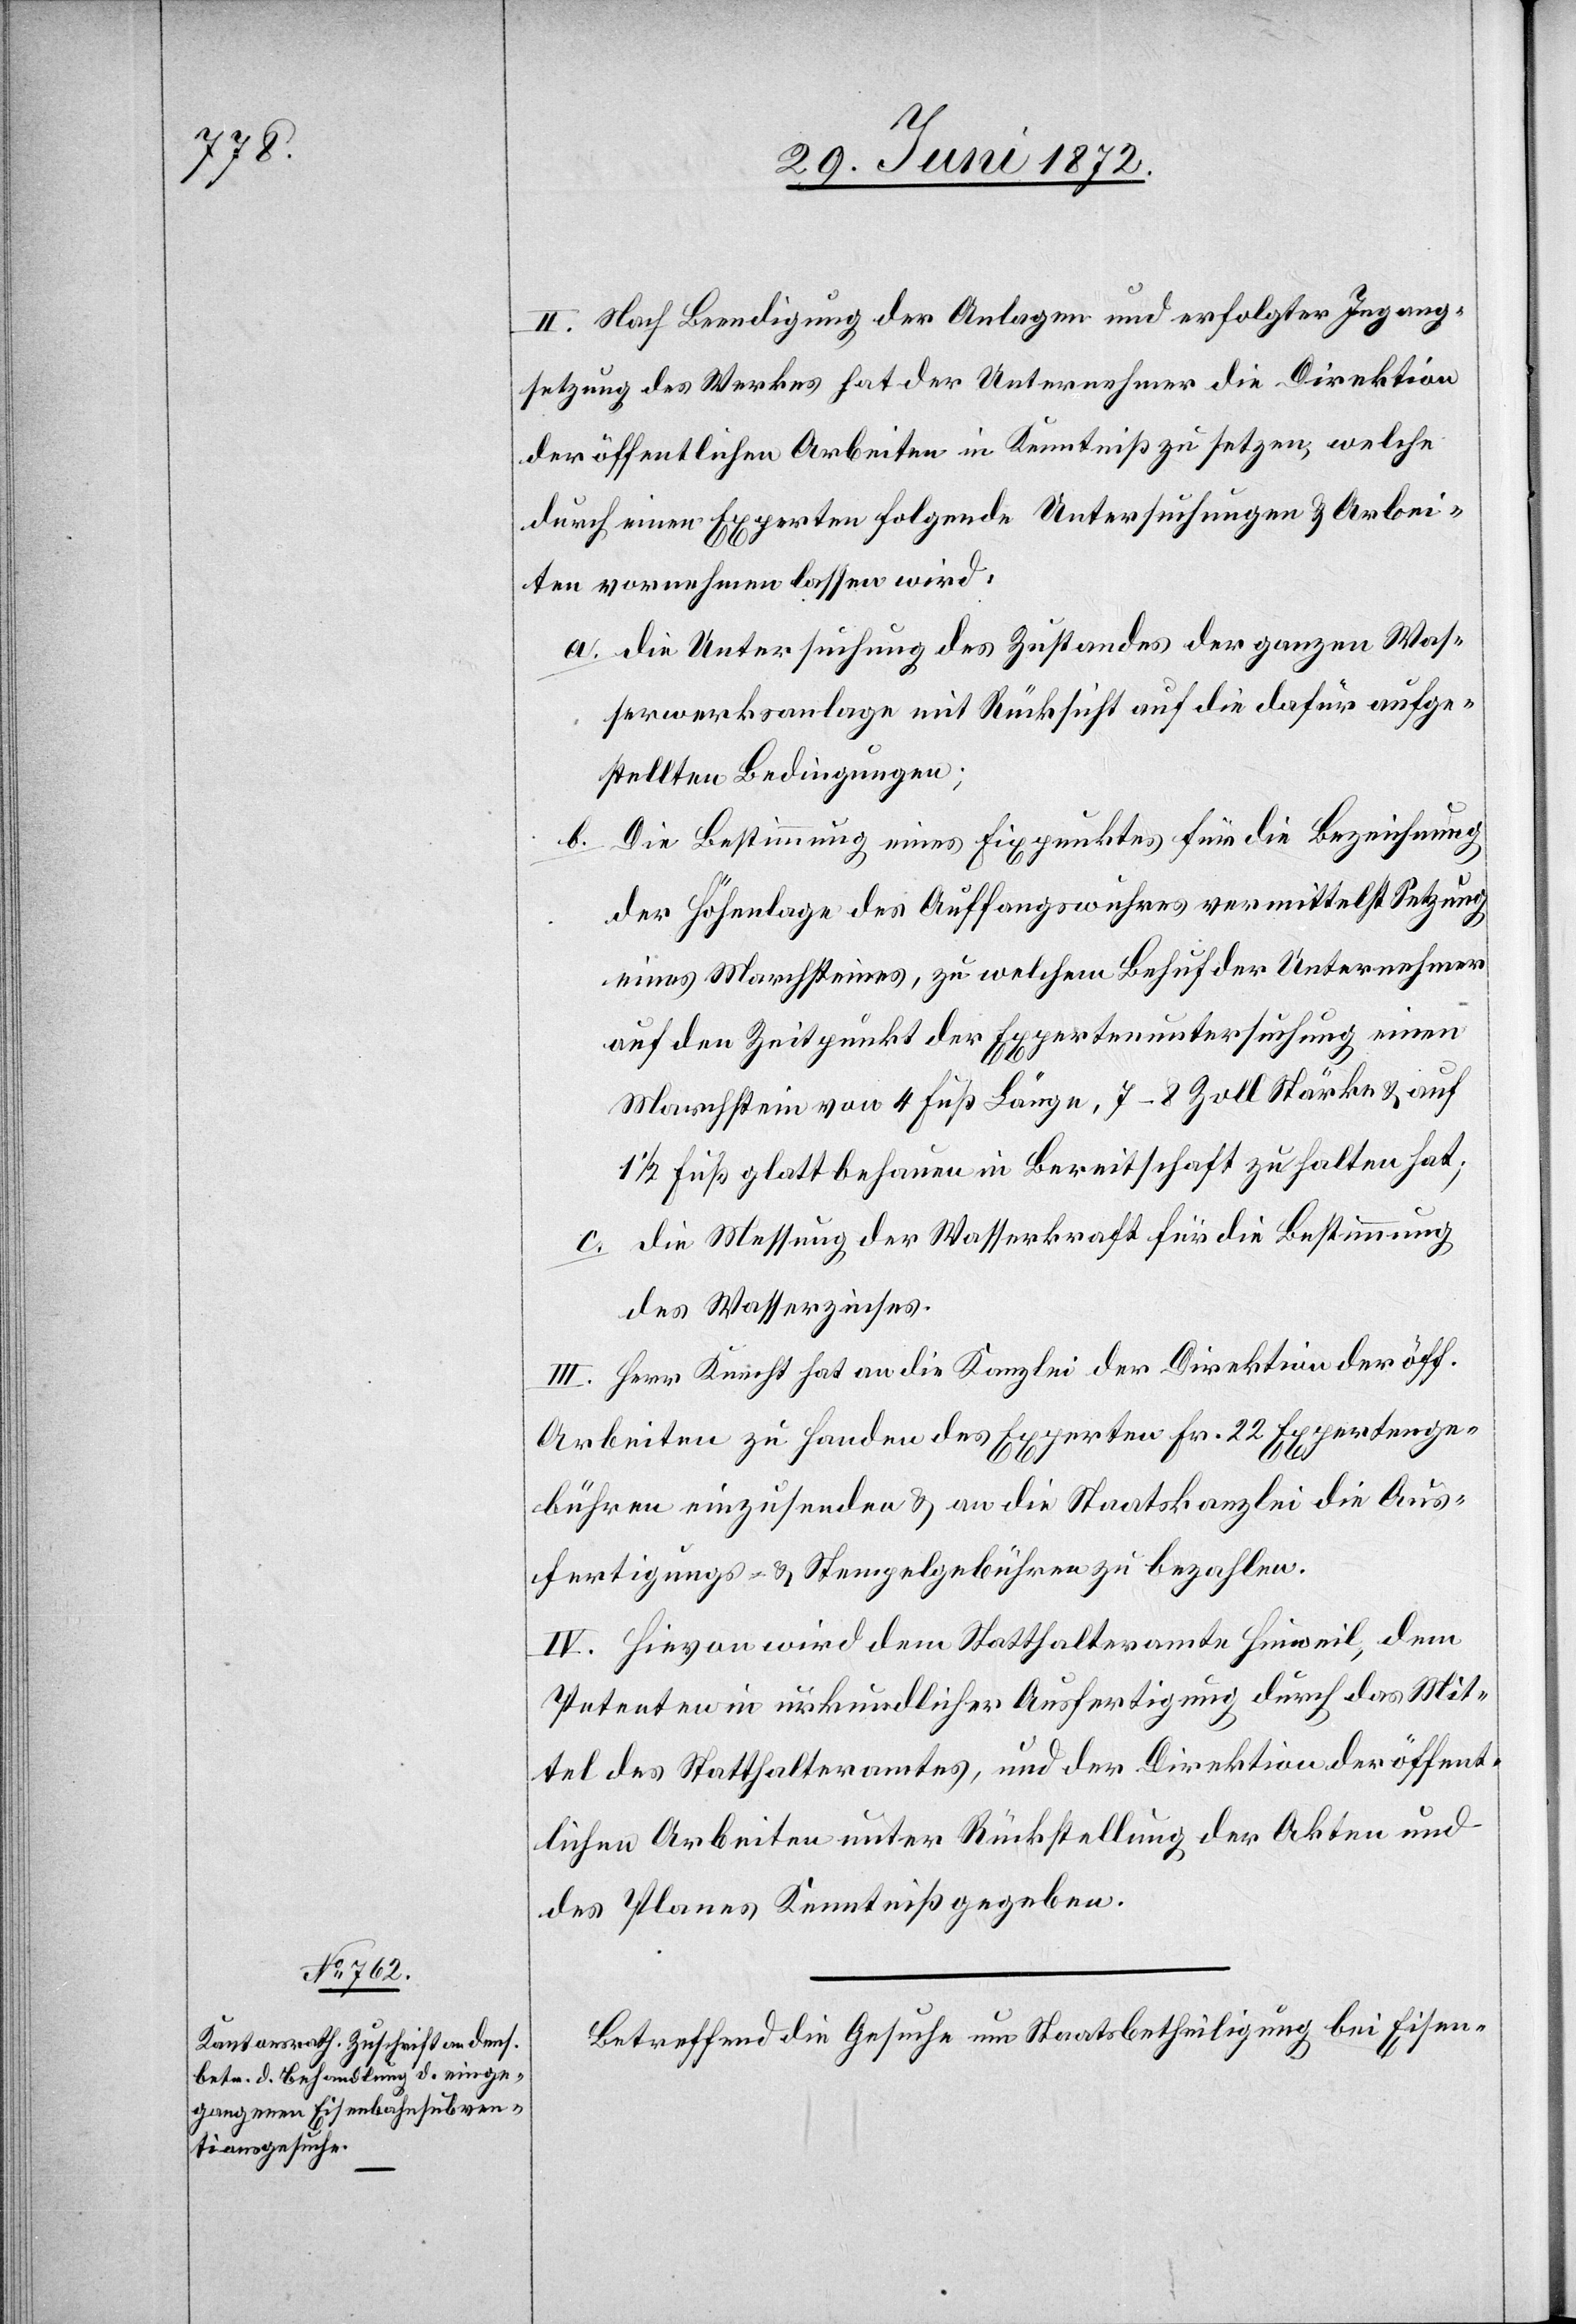
II. Nach Beendigung der Anlagen und erfolgter Ingang¬
setzung des Werkes hat der Unternehmer die Direktion
der öffentlichen Arbeiten in Kenntniß zu setze, welche
durch einen Experten folgende Untersuchungen u. Arbei¬
ten vornehmen lassen wird.
a. die Untersuchung des Zustandes der ganzen Was¬
serwerksanlage mit Rücksicht auf die dafür aufge¬
stellten Bedingungen;
b. die Bestimmung eines Fixpunktes für die Bezeichnung
der Höhenlage des Auffangswuhres vermittelst Setzung
eines Marchsteines, zu welchem Behuf der Unternehmer
auf den Zeitpunkt der Expertenuntersuchung einen
Marchstein von 4 Fuß Länge, 7–8 Zoll Stärke u. auf
1/2 Fuß glattbehauen in Bereitschaft zu halten hat;
c. die Messung der Wasserkraft für die Bestimmung
des Wasserzinses.
III. Herr Knecht hat an die Kanzlei der Direktion der öff.
Arbeiten zu Handen des Experten Fr. 22 Expertenge¬
bühren einzusenden u. an die Staatskanzlei die Aus¬
fertigungs- u. Stempelgebühren zu bezahlen.
IV. Hievon wird dem Statthalteramte Hinweil, dem
Petenten in urkundlicher Ausfertigung durch das Mit¬
tel des Statthalteramtes, und der Direktion der öffent¬
lichen Arbeiten unter Rückstellung der Akten und
des Planes Kenntniß gegeben.
Betreffend die Gesuche um Staatsbetheiligung bei Eisen-